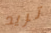
تريد